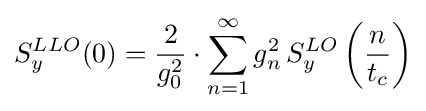
S_{y}^{LLO}(0)={2 \over {g_{0}^{2}}}\cdot {\sum _{n=1}^{\infty }{g_{n}^{2}\,S_{y}^{LO}\left({n \over t_{c}}\right)}}